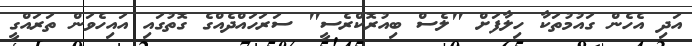
އަދި އެހެން ގައުމުތަކާ ހިލާފަށް "ލެސް ބިއުރޮކްރެސީ" ސަރަހައްދެއްގެ ގޮތުގައި އައިހެވަން ތަރައްގީ